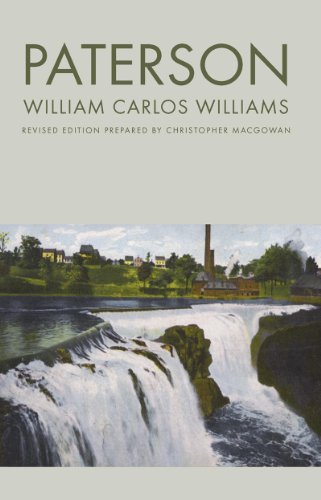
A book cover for Paterson (Revised Edition) (New Directions Paperback 806 806); William Carlos Williams; Literature & Fiction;